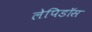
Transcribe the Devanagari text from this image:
लेपिडॉस